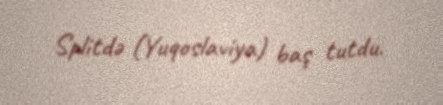
Splitdə (Yuqoslaviya) baş tutdu.